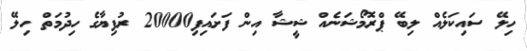
ހިލޭ ސައިކަލެއް ލިބޭ ޕްރޮމޯޝަނެއް ޝީޝާ އިން ފަށައިފި20000 ރުފިޔާގެ ހިދުމަތް ހިލޭ